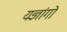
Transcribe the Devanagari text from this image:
यज्ञांगो